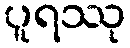
ပူရဿု